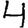
Digit: 4